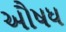
ઔષધ